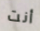
أنت